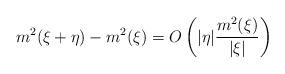
LaTeX: \begin{align*}m^2(\xi+\eta) - m^2(\xi) = O\left(|\eta|\frac{m^2(\xi)}{|\xi|}\right)\end{align*}